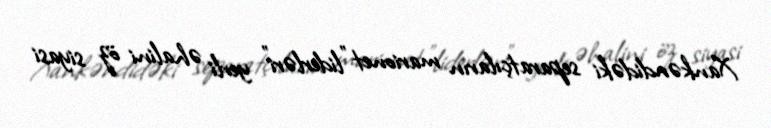
Xankəndidəki separatçıların marionet "liderləri" yerli əhalini öz siyasi